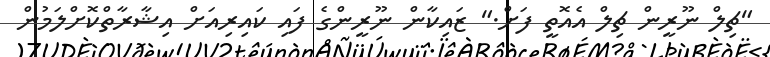
"ޗިލް ނޫރީން ޗިލް އެއޮތީ ފަށް." ޒައިކާން ނޫރީންގެ ފައި ކައިރިއަށް އިޝާރާތްކޮށްލަމުން